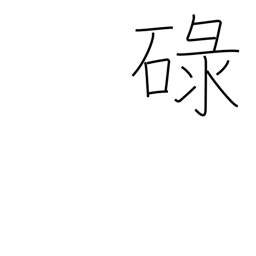
Meaning: satisfactory